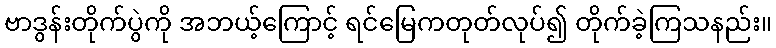
ဗာဒွန်းတိုက်ပွဲကို အဘယ့်ကြောင့် ရင်မြေကတုတ်လုပ်၍ တိုက်ခဲ့ကြသနည်း။